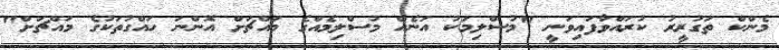
މެންކް ތަގުރީރު ކުރައްވާފައިވަނީ "މުސްލިމަކު އަނެއް މުސްލިމެއްގެ މައްޗަށް އޮންނަ ހައްގުތަކުގެ މައްޗަށް"